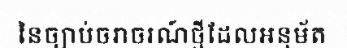
នៃច្បាប់ចរាចរណ៍ថ្មីដែលអនុម័ត